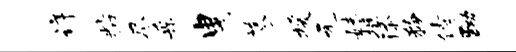
详粘尽采曳蓼援元妹挺添矜倩黝